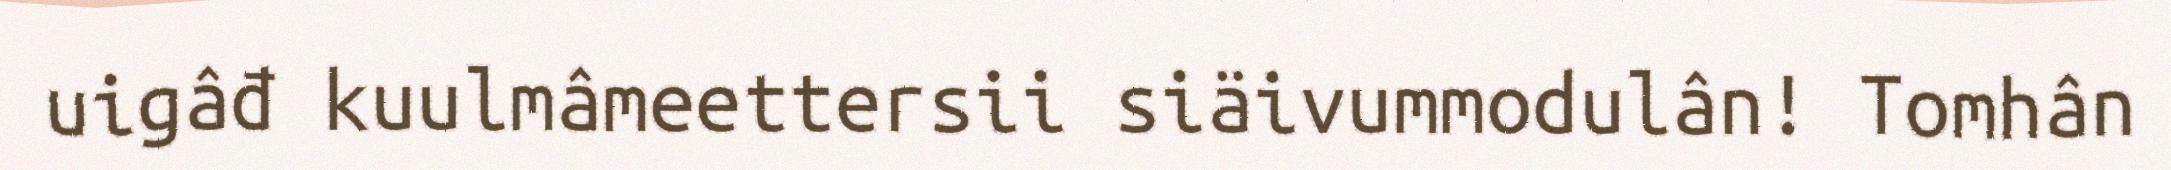
uigâđ kuulmâmeettersii siäivummodulân! Tomhân